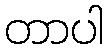
တာပါ